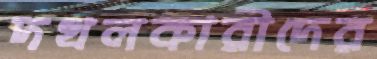
দখলকারীদের